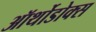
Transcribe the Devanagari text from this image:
ऑर्थोडोक्स